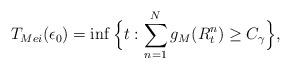
LaTeX: \begin{align*} T_{Mei}(\epsilon_{0})=\inf \Big\{t:\sum_{n=1}^{N}g_{M}(R^{n}_{t}) \geq C_{\gamma} \Big\},\end{align*}